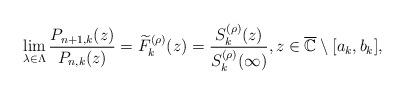
LaTeX: \begin{align*}\lim_{\lambda\in\Lambda}\frac{P_{n+1,k}(z)}{P_{n,k}(z)}=\widetilde{F}_{k}^{(\rho)}(z)=\frac{S_{k}^{(\rho)}(z)}{S_{k}^{(\rho)}(\infty)},z\in\overline{\mathbb{C}}\setminus[a_{k},b_{k}],\end{align*}